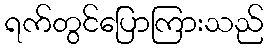
ရက်တွင်ပြောကြားသည်